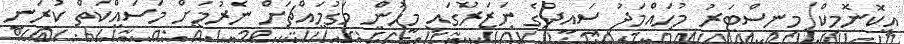
އިކޮނޮމިކް މިނިސްޓަރު މުހައްމަދު ސައީދުގެ ނަޒަރުގައި މީހުން މަގުމައްޗަށް ނެރުމަށް މަސައްކަތް ކުރަނީ